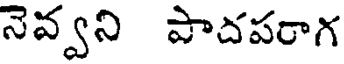
నెవ్వని పాదపరాగ